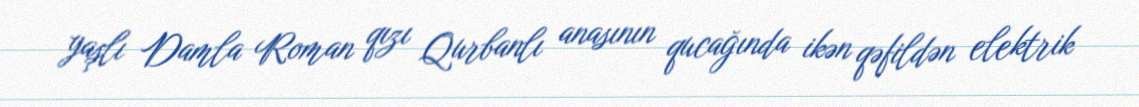
yaşlı Damla Roman qızı Qurbanlı anasının qucağında ikən qəfildən elektrik